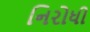
નિરોધી